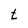
Character: t